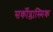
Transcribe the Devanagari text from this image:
सर्कोप्लास्मिक